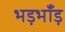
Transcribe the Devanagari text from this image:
भड़भाँड़